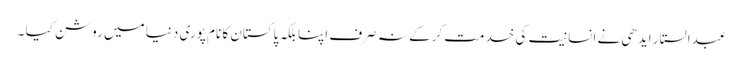
عبدالستار ایدھی نے انسانیت کی خدمت کرکے نہ صرف اپنا بلکہ پاکستان کا نام پوری دنیا میں روشن کیا ۔